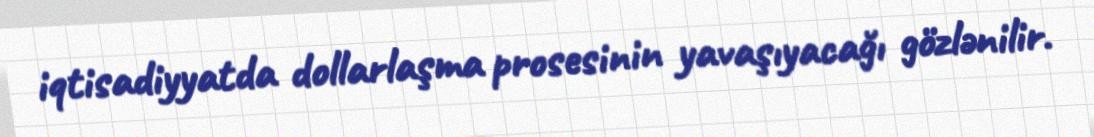
iqtisadiyyatda dollarlaşma prosesinin yavaşıyacağı gözlənilir.